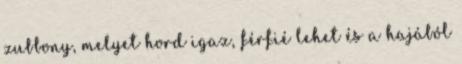
zubbony, melyet hord igaz, férfié lehet és a hajából